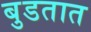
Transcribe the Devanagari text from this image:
बुडतात